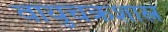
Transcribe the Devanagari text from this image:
वायुचक्रशास्त्र